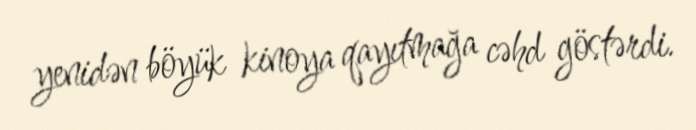
yenidən böyük kinoya qayıtmağa cəhd göstərdi.